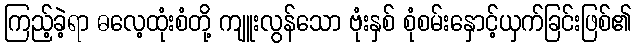
ကြည့်ခဲ့ရာ ဓလေ့ထုံးစံတို့ ကျူးလွန်သော ဗုံးနှစ် စုံစမ်းနှောင့်ယှက်ခြင်းဖြစ်၏